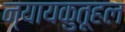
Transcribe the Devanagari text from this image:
न्यायकुतूहल